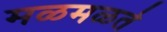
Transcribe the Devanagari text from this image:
मळमळते